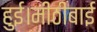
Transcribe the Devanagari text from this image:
हुई।मीठीबाई